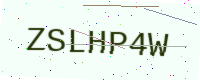
Text: ZSLHP4W